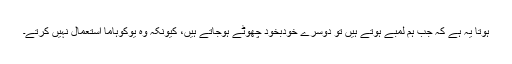
ہوتا یہ ہے کہ جب ہم لمبے ہوتے ہیں تو دوسرے خودبخود چھوٹے ہوجاتے ہیں، کیونکہ وہ یوکوہاما استعمال نہیں کرتے۔